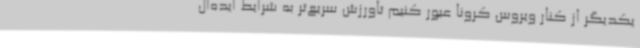
یکدیگر از کنار ویروس کرونا عبور کنیم تاورزش سریع‌تر به شرایط ایده‌آل